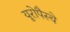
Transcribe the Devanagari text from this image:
यूरोपैस्चे